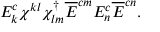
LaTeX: E _ { k } ^ { c } \chi ^ { k l } \chi _ { l m } ^ { \dagger } \overline { { E } } ^ { c m } E _ { n } ^ { c } \overline { { E } } ^ { c n } .